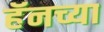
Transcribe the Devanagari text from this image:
हॅनच्या